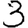
Digit: 3